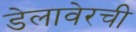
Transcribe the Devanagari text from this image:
डेलावेरची